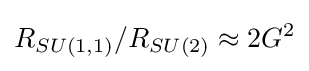
R_{SU(1,1)}/R_{SU(2)}\approx 2G^{2}